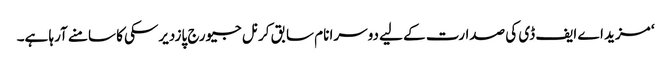
‘ مزید اے ایف ڈی کی صدارت کے لیے دوسرا نام سابق کرنل جیورج پازدیرسکی کا سامنے آرہا ہے۔